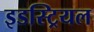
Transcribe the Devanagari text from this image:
इडस्ट्रियल